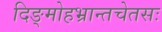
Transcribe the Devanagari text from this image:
दिङ्मोहभ्रान्तचेतसः